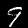
Label: 9